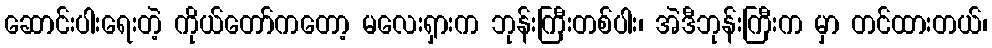
ဆောင်းပါးရေးတဲ့ ကိုယ်တော်ကတော့ မလေးရှားက ဘုန်းကြီးတစ်ပါး၊ အဲဒီဘုန်းကြီးက မှာ တင်ထားတယ်၊